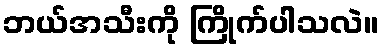
ဘယ်အသီးကို ကြိုက်ပါသလဲ။